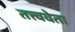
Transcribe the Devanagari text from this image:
तत्त्ववेता